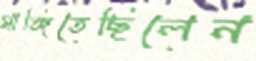
মাঙ্গিতেছিলেন